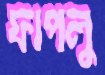
ফাপলু